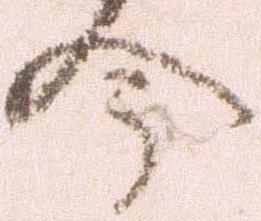
今